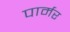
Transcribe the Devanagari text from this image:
पार्मर